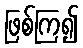
ဖြစ်ကြ၍